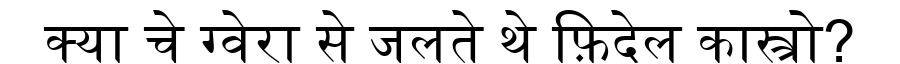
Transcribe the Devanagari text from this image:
क्या चे ग्वेरा से जलते थे फ़िदेल कास्त्रो?